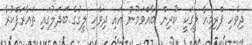
ދިވެހި ޕްރިމިއާ ލީގަކީ ކުރިން ބާއްވަމުން އައި ދިވެހި ލީގުގެ ބަދަލުގައި ތައާރަފްކުރާ